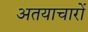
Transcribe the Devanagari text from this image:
अतयाचारों